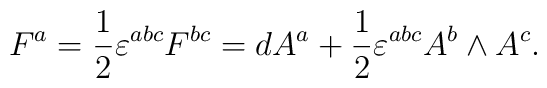
F^a=\frac 12\varepsilon ^{abc}F^{bc}=dA^a+\frac 12\varepsilon^{abc}A^b\wedge A^c.